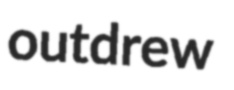
outdrew